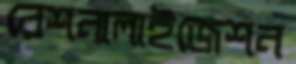
রেশনালাইজেশন